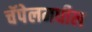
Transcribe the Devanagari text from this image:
चॅपेलमधील